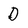
Character: D